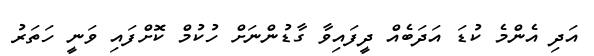
އަދި އެންމެ ކުޑަ އަދަބެއް ދީފައިވާ ގާޑުންނަށް ހުކުމް ކޮށްފައި ވަނީ ހަތަރު